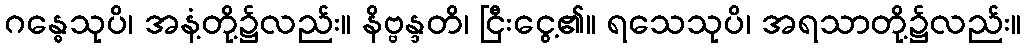
ဂန္ဓေသုပိ၊ အနံ့တို့၌လည်း။ နိဗ္ဗန္ဒတိ၊ ငြီးငွေ့၏။ ရသေသုပိ၊ အရသာတို့၌လည်း။